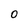
Character: 0